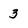
Character: 3